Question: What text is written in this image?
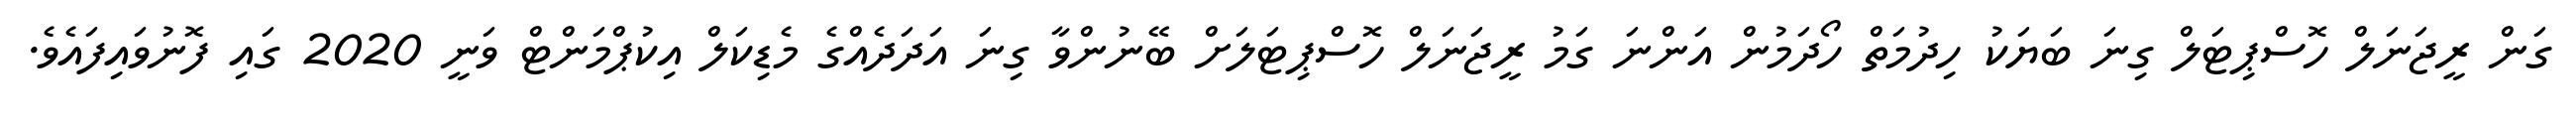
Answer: ގަން ރީޖަނަލް ހޮސްޕިޓަލް ގިނަ ބަޔަކު ހިދުމަތް ހޯދަމުން އަންނަ ގަމު ރީޖަނަލް ހޮސްޕިޓަލަށް ބޭނުންވާ ގިނަ އަދަދެއްގެ މެޑިކަލް އިކުޕްމަންޓް ވަނީ 2020 ގައި ފޮނުވައިފައެވެ.